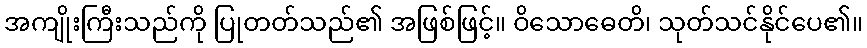
အကျိုးကြီးသည်ကို ပြုတတ်သည်၏ အဖြစ်ဖြင့်။ ဝိသောဓေတိ၊ သုတ်သင်နိုင်ပေ၏။